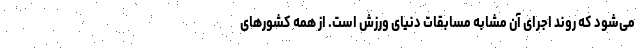
می‌شود که روند اجرای آن مشابه مسابقات دنیای ورزش است. از همه کشورهای